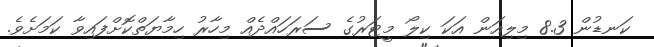
ކަނޑުން 8.3 މިލިއަން އަކަ ކިލޯ މީޓަރުގެ ސަރަހައްދެއް މިހާރު ހިމާޔަތްކޮށްފައިވާ ކަމަށެވެ.